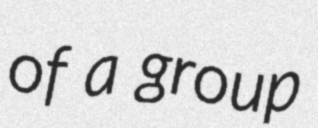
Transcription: of a group